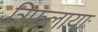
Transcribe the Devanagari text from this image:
त्रिफलायाः